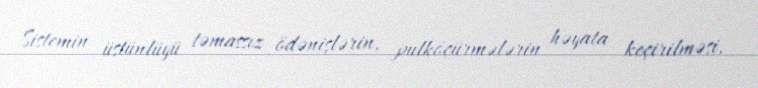
Sistemin üstünlüyü təmassız ödənişlərin, pulköçürmələrin həyata keçirilməsi,